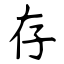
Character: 存